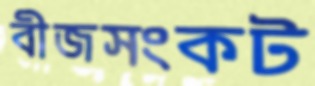
বীজসংকট